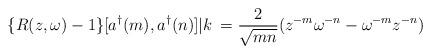
LaTeX: \begin{align*}\{R(z,\omega) - 1\}[a^{\dag}(m),a^{\dag}(n)]|k\> = \frac {2}{\sqrt{mn}}(z^{-m}\omega^{-n}-\omega^{-m}z^{-n})\end{align*}